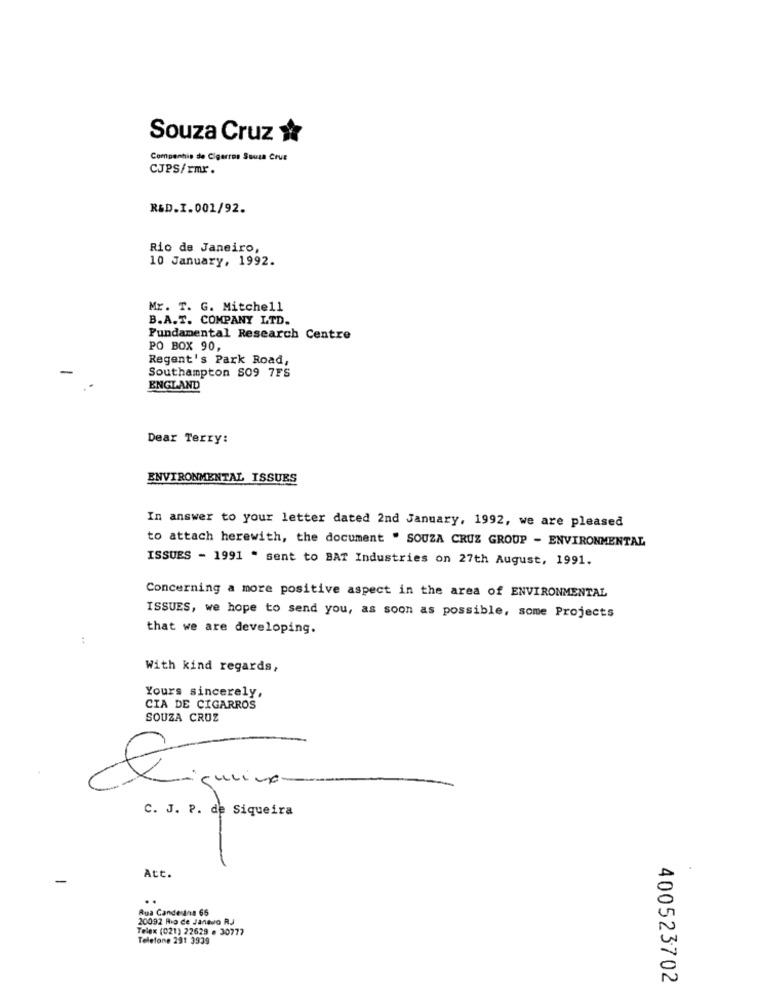
Souza Cruz
Companhia de Cigarros Souza CrVE
CJPS/rmr.
R&D.I.001/92.
Rio de Janeiro,
10 January, 1992.
Mr. T. G. Mitchell
B.A.T. COMPANY LTD.
Fundamental Research Centre
PO BOX 90,
Regent's Park Road,
Southampton S09 7FS
ENGLAND
Dear Terry:
ENVIRONMENTAL ISSUES
In answer to your letter dated 2nd January, 1992, we are pleased
to attach herewith, the document " SOUZA CRUZ GROUP - ENVIRONMENTAL
ISSUES - 1991 " sent to BAT Industries on 27th August, 1991.
Concerning a more positive aspect in the area of ENVIRONMENTAL
ISSUES, we hope to send you, as soon as possible, some Projects
that we are developing.
:
With kind regards,
Yours sincerely,
CIA DE CIGARROS
SOUZA CRUZ
€
gulino
C. J. P. de Siqueira
Att.
..
Rua Candesina 65
20092 Rio de Janevo RJ
Telex (021) 22629 . 30777
Telefone 291 3939
400523702